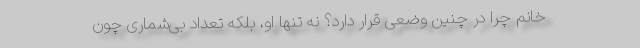
خانم چرا در چنین وضعی قرار دارد؟ نه تنها او، بلکه تعداد بی‌شماری چون